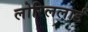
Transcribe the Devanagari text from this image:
लोरिललार्ड